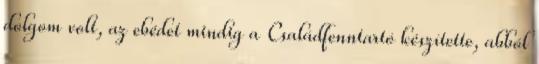
dolgom volt, az ebédet mindig a Családfenntartó készítette, abból